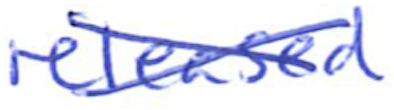
Text: released
Cross-out: cross
Writing tool: ballpoint